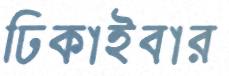
ঢিকাইবার